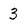
Character: 3